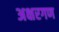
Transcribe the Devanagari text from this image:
अक्षरगण